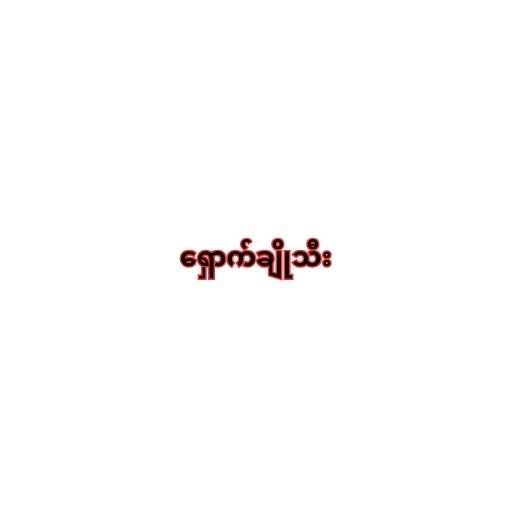
ရှောက်ချိုသီး